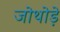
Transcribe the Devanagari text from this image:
जोथोड़े